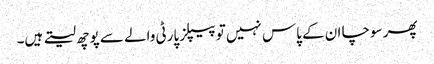
پھر سوچا ان کے پاس نہیں تو پیپلز پارٹی والے سے پوچھ لیتے ہیں۔